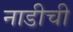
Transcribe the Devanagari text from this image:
नाडीची